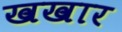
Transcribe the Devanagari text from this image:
खखार